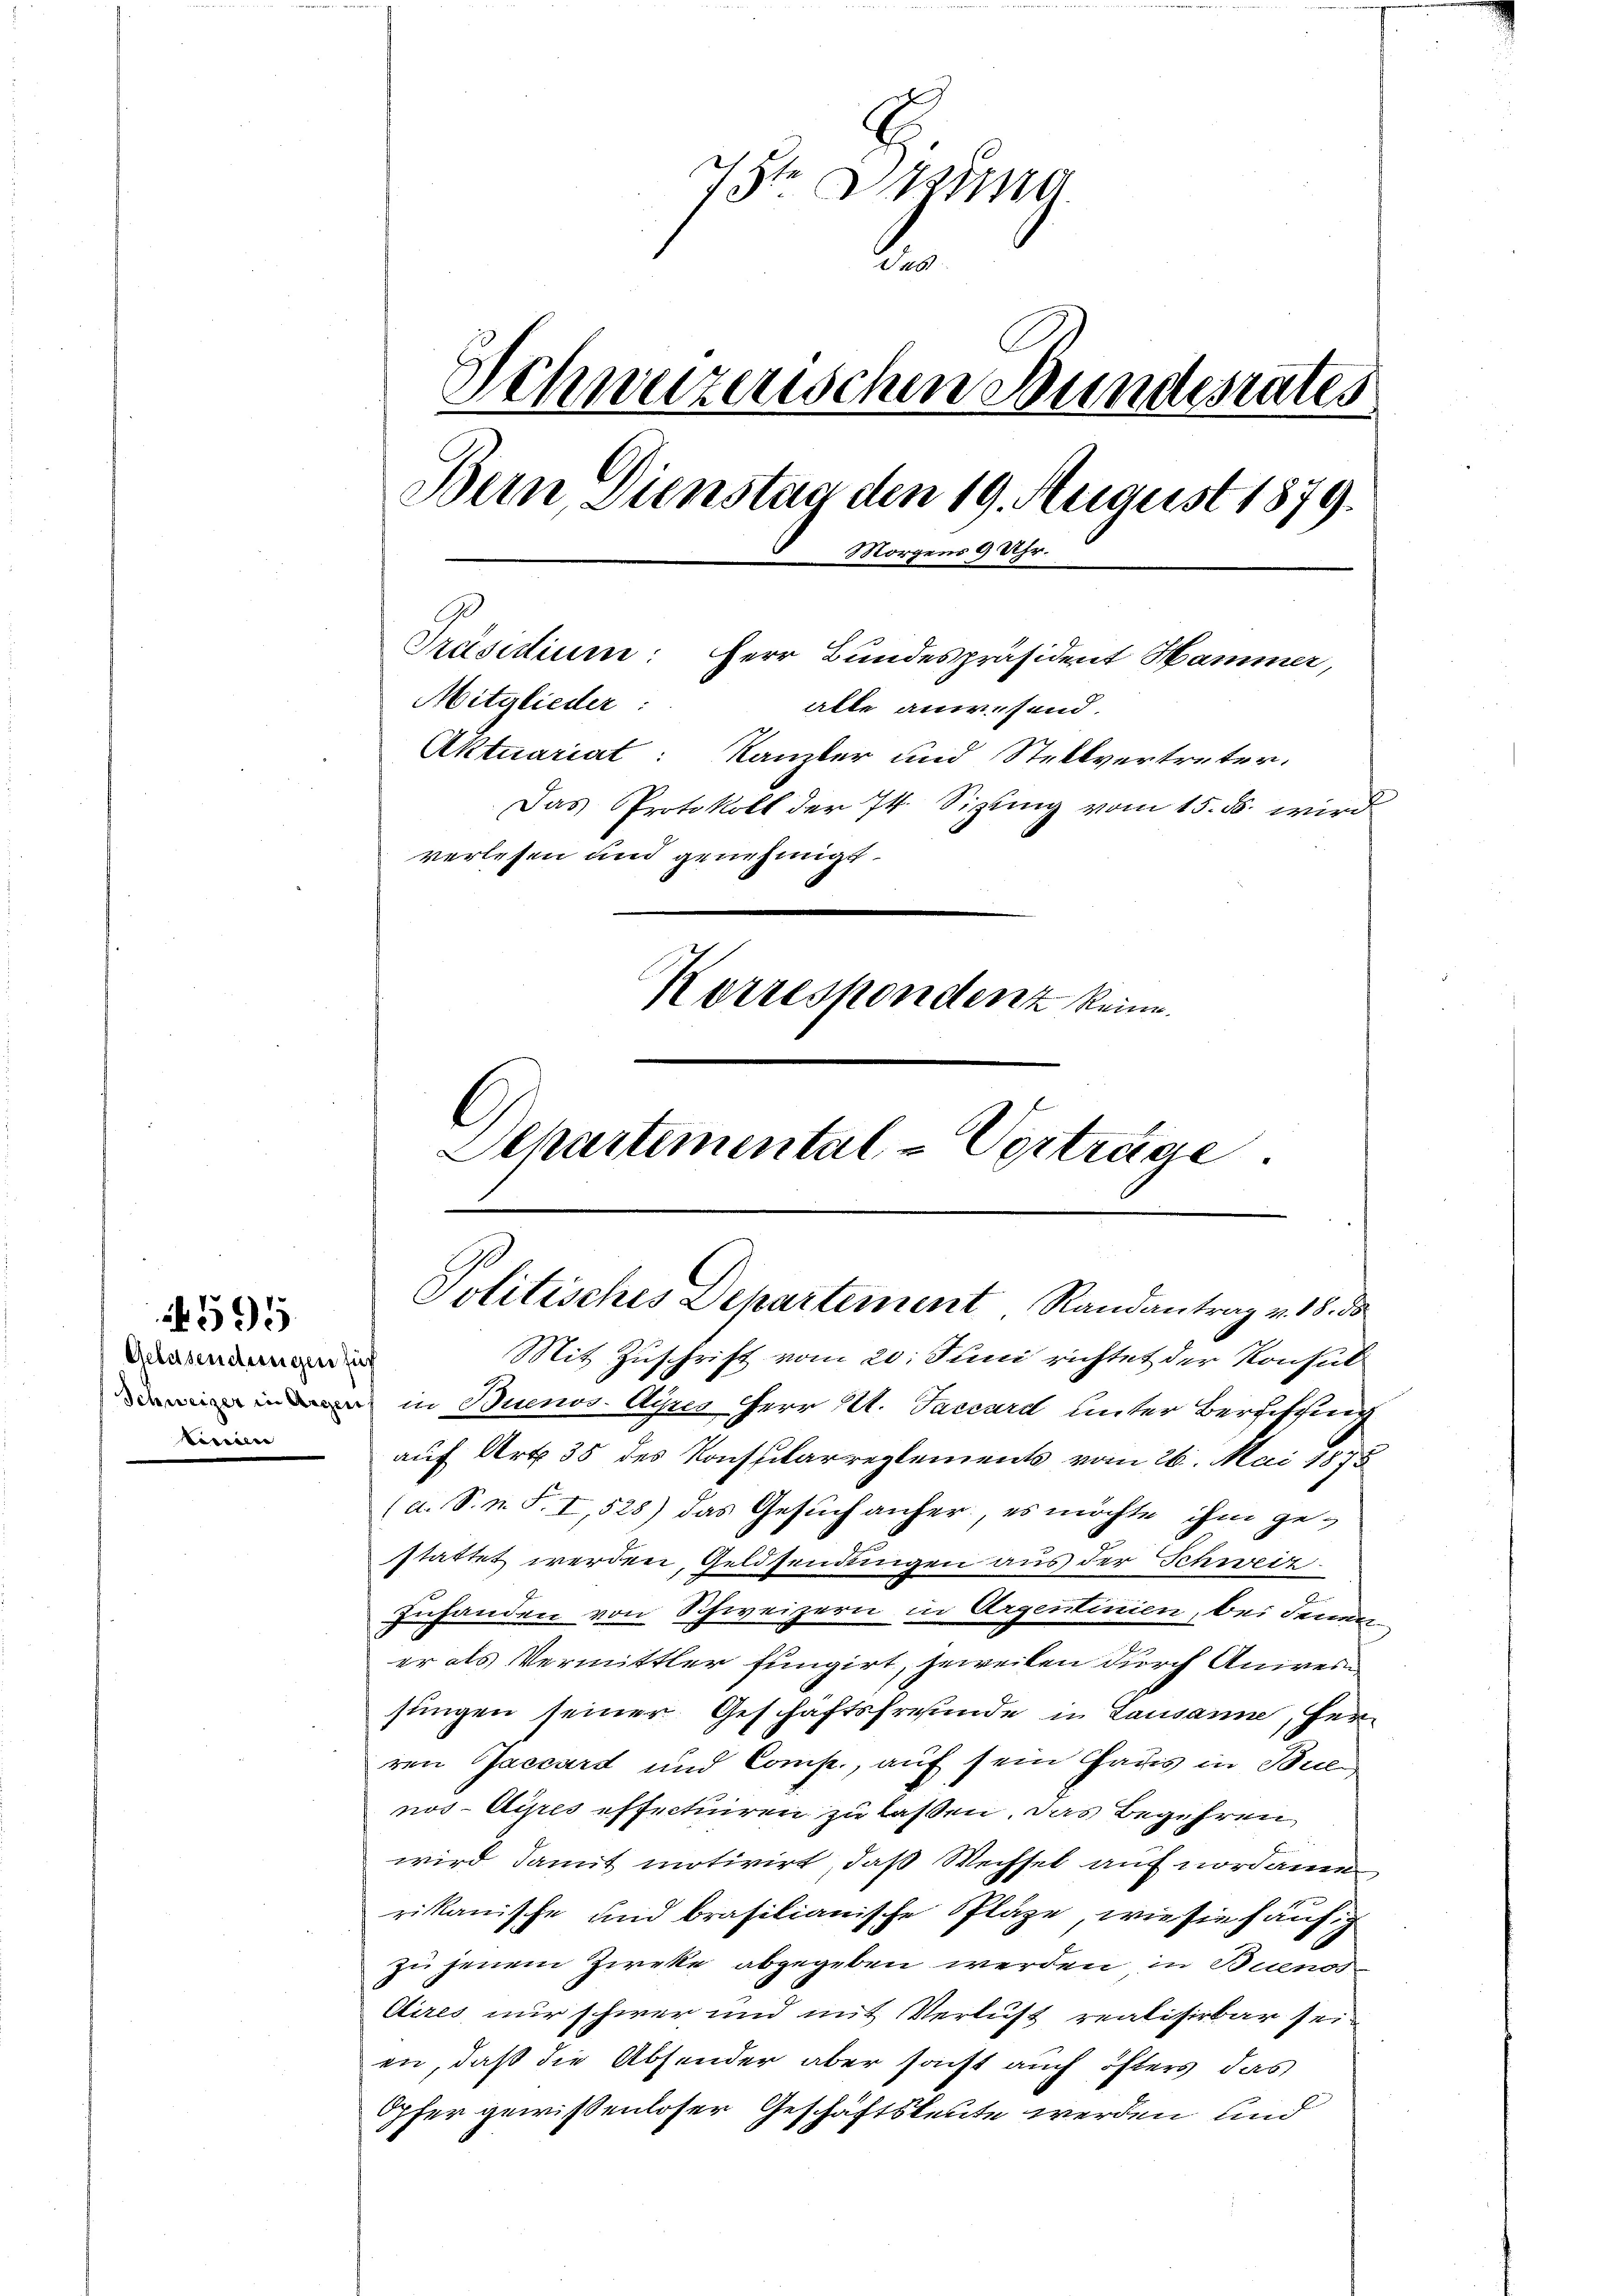
Gelasendungen für
n

4595

7te Drama
2
Schweizerischen Bundesrates
Bern Dienstag den 19. August 1879.
Morgens 9 Uhr.
Ge
Präsidium: Herr Bundespräsident Hammer,
Mitglieder:
alle anwesend.
Aktuariat: Kanzler und Stellvertreter.
Das Protokoll der 74. Sitzung vom 15. ds. wird
verlesen und genehmigt.
Korrespondenz keine
l

J
Dehartemental-Verträge.
Politisches Departement Randantrag v. 18. ds.
Mit Zuschrift vom 20. Juni richtet der Konsul
 in Buenos Ayres Herr St. Faccard unter Berfassung

auf Art. 35 des Konsularreglements vom 26. Mai 1875
(a. S. n. F. I, 528) das Gesuch anher es möchte ihm ge-
stattet werden, Geldsendungen aus der Schweiz.
Zuhanden von Schweizern in Argentinien, bei deman
er als Vermittler fungirt, jeweilen durch Aniver
jungen seiner Geschäftsfreunde in Lausanne, herren Jaccart und Comp., auf sein Cadis in Bul
nos-Ayres effecturen zu laßen. Das Begehren,
wird damit motivirt, daß Wechsel auf nordame
rikanische und brasilianische Pläge, wie sie häufig
zu jenem Zweke abgegeben werden in Buenos-
Aires nur schwer und mit Verlust realisirbar sei
en, daß die Absender aber sonst auch öfters das
Opfer gewissenloser Geschäftsleute werden und